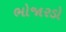
ભોજારડો